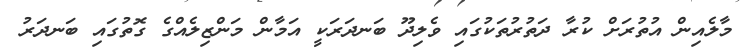
މާލެއިން އުތުރަށް ކުރާ ދަތުރުތަކުގައި ވެލިދޫ ބަނދަރަކީ އަމާން މަންޒިލެއްގެ ގޮތުގައި ބަނދަރު